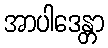
အာပါဒေန္တာ